Lunatic asylums in Bengal annual reports 1888-1898 - 1888-1898
Year: 1888
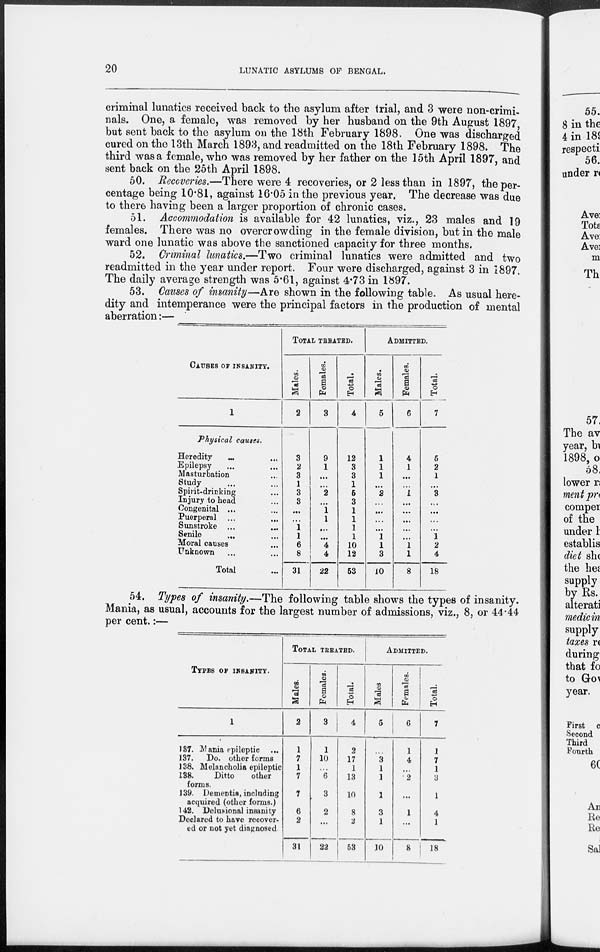
20
LUNATIC ASYLUMS OF BENGAL.
criminal lunatics received back to the asylum after trial, and 3 were non-crimi-
nals. One, a female, was removed by her husband on the 9th August 1897,
but sent back to the asylum on the 18th February 1898. One was discharged
cured on the 13th March 1893, and readmitted on the 18th February 1898. The
third was a female, who was removed by her father on the 15th April 1897, and
sent back on the 25th April 1898.
50. Recoveries.—There were 4 recoveries, or 2 less than in 1897, the per-
centage being 10.81, against 16.05 in the previous year. The decrease was due
to there having been a larger proportion of chronic cases.
51. Accommodation is available for 42 lunatics, viz., 23 males and 19
females. There was no overcrowding in the female division, but in the male
ward one lunatic was above the sanctioned capacity for three months.
52. Criminal lunatics.—Two criminal lunatics were admitted and two
readmitted in the year under report. Four were discharged, against 3 in 1897.
The daily average strength was 5.61, against 4.73 in 1897.
53. Causes of insanity—Are shown in the following table. As usual here-
dity and intemperance were the principal factors in the production of mental
aberration:—
CAUSES OF INSANITY.
1
Physical causes.
Heredity ... ...
Epilepsy ... ...
Masturbation ...
Study ... ...
Spirit-drinking ...
Injury to head ...
Congenital ... ...
Puerperal ... ...
Sunstroke ... ...
Senile
... ...
Moral causes ...
Unknown ... ...
Total ...
TOTAL TREATED.
Males.
2
3
2
3
1
3
3
...
...
1
1
6
8
31
Females.
3
9
1
...
...
2
...
1
1
...
...
4
4
22
Total.
4
12
3
3
1
5
3
1
1
1
1
10
12
53
ADMITTED.
Males.
5
1
1
1
...
2
...
...
...
...
1
1
3
10
Females.
6
4
1
...
...
1
...
...
...
...
...
1
1
8
Total.
7
5
2
1
...
3
...
...
...
...
1
2
4
18
54. Types of insanity.—The following table shows the types of insanity.
Mania, as usual, accounts for the largest number of admissions, viz., 8, or 44.44
per cent.:—
TYPES OF INSANITY.
1
137. Mania epileptic ...
137. Do. other forms
138. Melancholia epileptic
138.
Ditto
other
forms.
139. Dementia, including
acquired (other forms.)
142. Delusional insanity
Declared to have recover-
ed or not yet diagnosed.
TOTAL TREATED.
Males.
2
1
7
1
7
7
6
2
31
Females.
3
1
10
...
6
3
2
...
22
Total.
4
2
17
1
13
10
8
2
53
ADMITTED.
Males
5
...
3
1
1
1
3
1
10
Females.
6
1
4
...
2
...
1
...
8
Total.
7
1
7
1
3
1
4
1
18